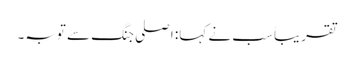
تقریباً سب نے کہا: اصلی جنگ سے توبہ۔